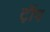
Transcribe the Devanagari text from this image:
ट़ॉप